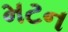
મટન